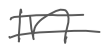
Text: in
Cross-out: double-line
Writing tool: digital_gray